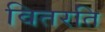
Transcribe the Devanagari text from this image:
वितरति